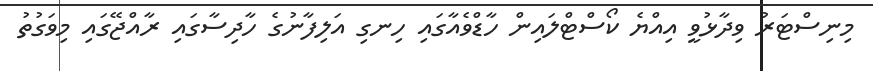
މިނިސްޓަރު ވިދާޅުވީ އިއްޔެ ކޯސްޓްލައިން ހާޑްވެއާގައި ހިނގި އަލިފާނުގެ ހާދިސާގައި ރާއްޖޭގައި މިވަގުތު